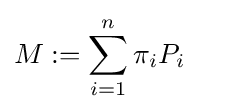
{\begin{aligned}M&:=\sum _{i=1}^{n}\pi _{i}P_{i}\end{aligned}}